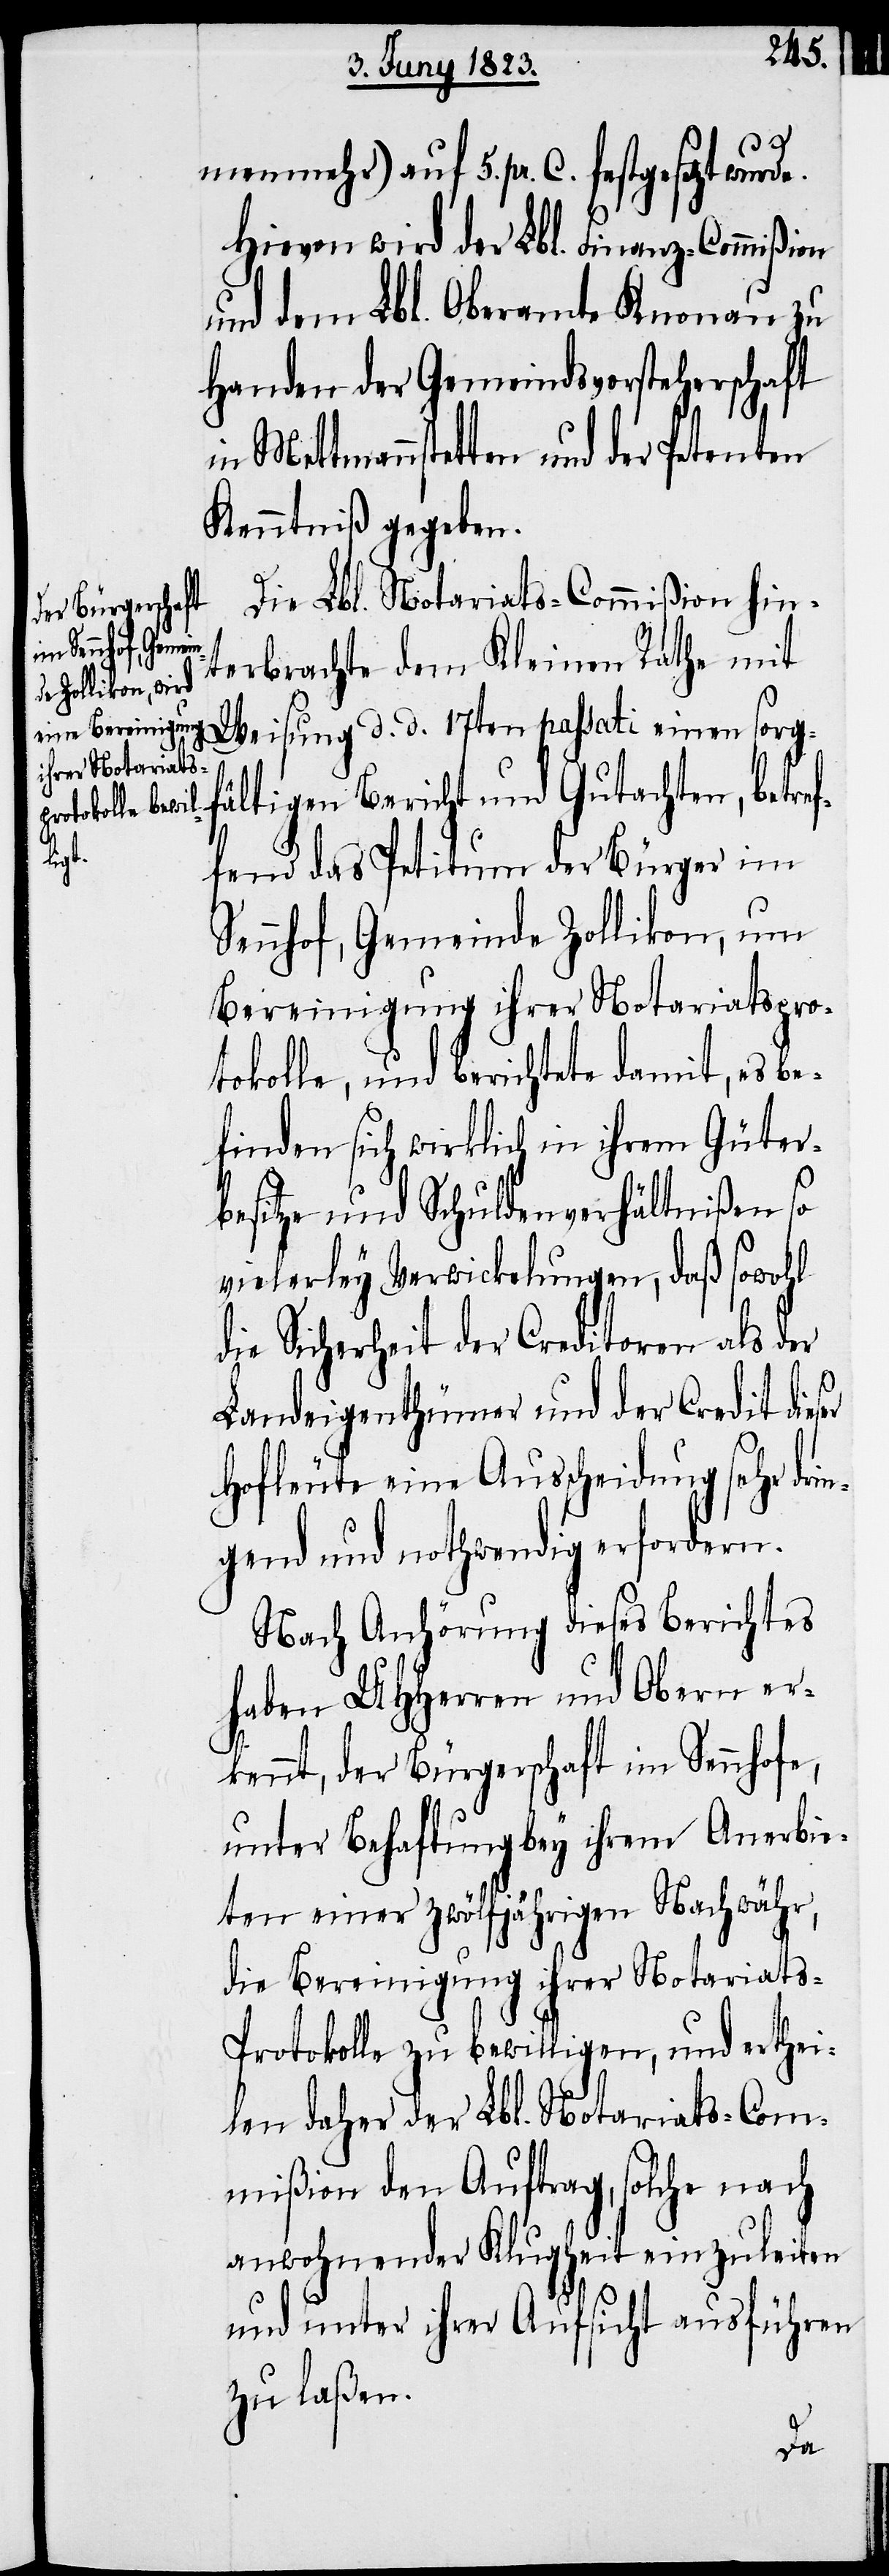
menmehr) auf 5. pr. C. festgesetzt
Hievon wird der Lbl. Finanz-Commißion
und dem Lbl. Oberamte Knonau zu
Handen der Gemeindsvorsteherschaft
in Mettmannstetten und der Petenten
Kenntniß gegeben.
Die Lbl. Notariats-Commißion hin¬
terbrachte dem Kleinen Rathe mit
Weisung d. d. 17ten passati einen sorg¬
fältigen Bericht und Gutachten, betref¬
fend das Petitum der Bürger im
Sennhof, Gemeinde Zollikon, um
Bereinigung ihrer Notariatspro¬
tokolle, und berichtete damit, es be¬
finden sich wirklich in ihrem Güter¬
besitze und Schuldenverhältnißen so
vielerley Verwickelungen, daß sowohl
die Sicherheit der Creditoren als der
Landeigenthümer und der Credit dieser
Hofleute eine Ausscheidung sehr dri¬
ngend und nothwendig erfordern.
Nach Anhörung dieses Berichtes
haben UHHerren und Obern er¬
kennt, der Bürgerschaft im Sennhofe,
unter Behaftung bey ihrem Anerbie¬
ten einer zwölfjährigen Nachwähr,
die Bereinigung ihrer Notariat¬
s-Protokolle zu bewilligen, und erthei¬
len daher der Lbl. Notariats-Com¬
mißion den Auftrag, solche nach
anwohnender Klugheit einzuleiten
und unter ihrer Aufsicht ausführen
zu laßen.